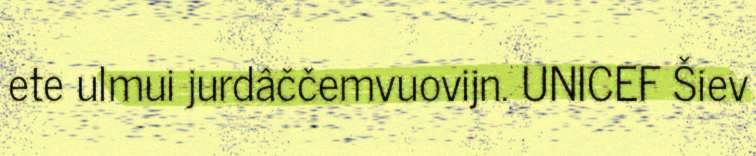
ete ulmui jurdâččemvuovijn. UNICEF Šiev